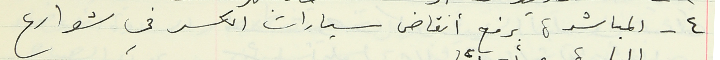
٤ - المباشرة برفع أنقاض سيارات الكسر في شوارع